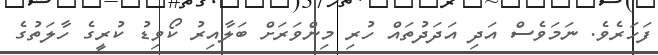
ފަހަރެވެ. ނަމަވެސް އަދި އަދަދުތައް ހުރި މިންވަރަށް ބަލާއިރު ކޯވިޑު ކުރީގެ ހާލަތުގެ